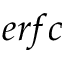
e r f c